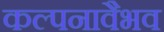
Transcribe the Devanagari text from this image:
कल्पनावैभव